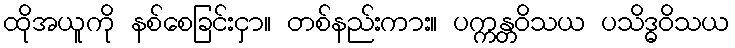
ထိုအယူကို နစ်စေခြင်းငှာ။ တစ်နည်းကား။ ပက္ကန္တဝိသယ ပသိဒ္ဓဝိသယ